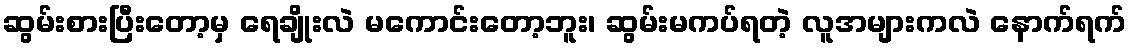
ဆွမ်းစားပြီးတော့မှ ရေချိုးလဲ မကောင်းတော့ဘူး၊ ဆွမ်းမကပ်ရတဲ့ လူအများကလဲ နောက်ရက်